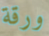
ورقة